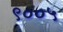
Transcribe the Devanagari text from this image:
९००५